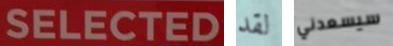
SELECTED لقد سيسعدني